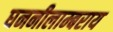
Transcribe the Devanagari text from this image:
घननीलाम्बराय